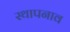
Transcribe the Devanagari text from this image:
स्थापनाव